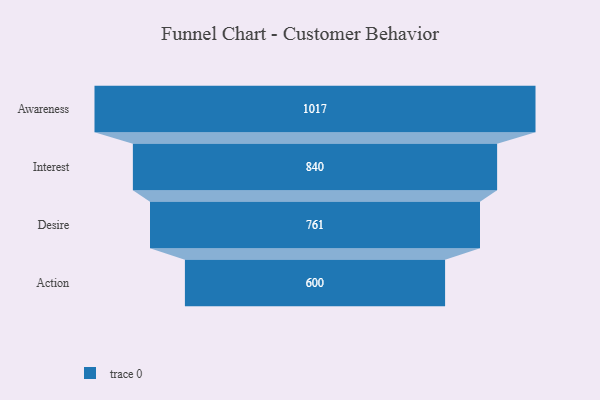
{"axis": {"x": "Stage", "y": "Value"}, "legend": [""], "data": [{"x": "Awareness", "y": 1017.0, "type": ""}, {"x": "Interest", "y": 840.0, "type": ""}, {"x": "Desire", "y": 761.0, "type": ""}, {"x": "Action", "y": 600.0, "type": ""}]}